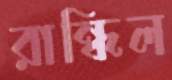
রান্ধিল